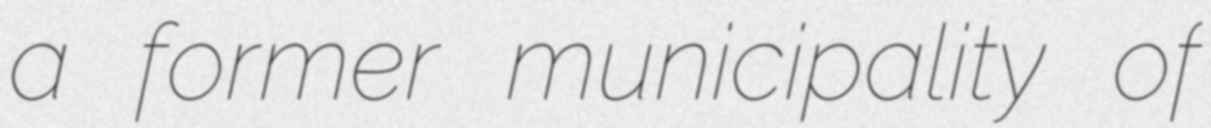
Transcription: a former municipality of